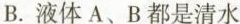
B.液体A、B都是清水